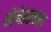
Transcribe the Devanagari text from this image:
कोमेरसान्त